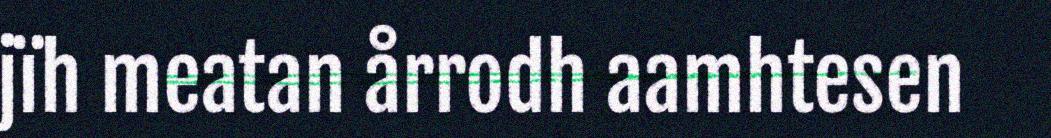
jïh meatan årrodh aamhtesen